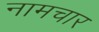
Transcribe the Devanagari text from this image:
नामचार